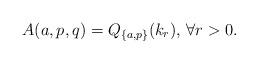
LaTeX: \begin{align*}A(a,p,q)=Q_{\{a,p\}}(k_r)\textrm{, }\forall r>0.\end{align*}